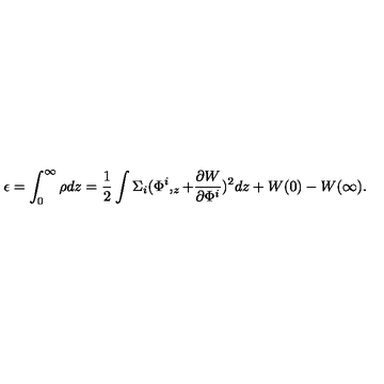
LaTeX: \epsilon = \int _ { 0 } ^ { \infty } \rho d z = \frac 1 2 \int \Sigma _ { i } ( \Phi ^ { i } , _ { z } + \frac { \partial W } { \partial \Phi ^ { i } } ) ^ { 2 } d z + W ( 0 ) - W ( \infty ) .